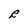
Character: R